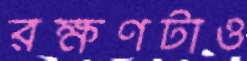
রক্ষণটাও